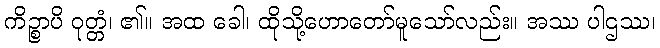
ကိဉ္စာပိ ဝုတ္တံ၊ ၏။ အထ ခေါ၊ ထိုသို့ဟောတော်မူသော်လည်း။ အဿ ပါဌဿ၊